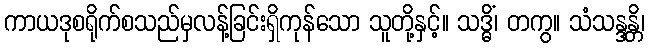
ကာယဒုစရိုက်စသည်မှလန့်ခြင်းရှိကုန်သော သူတို့နှင့်။ သဒ္ဓိံ၊ တကွ။ သံသန္ဒန္တိ၊